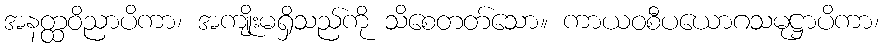
အနတ္ထဝိညာပိကာ၊ အကျိုးမရှိသည်ကို သိစေတတ်သော။ ကာယဝစီပယောဂသမုဋ္ဌာပိကာ၊